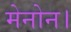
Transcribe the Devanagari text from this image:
मेनोन।